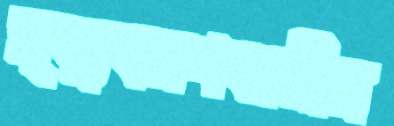
মৃত্যুবরণকারীর